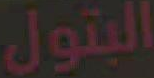
البتول